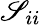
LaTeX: \mathscr{S}_{ii}